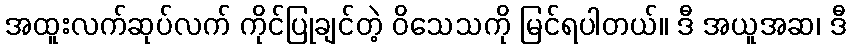
အထူးလက်ဆုပ်လက် ကိုင်ပြုချင်တဲ့ ဝိသေသကို မြင်ရပါတယ်။ ဒီ အယူအဆ၊ ဒီ